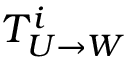
T _ { U \rightarrow W } ^ { i }